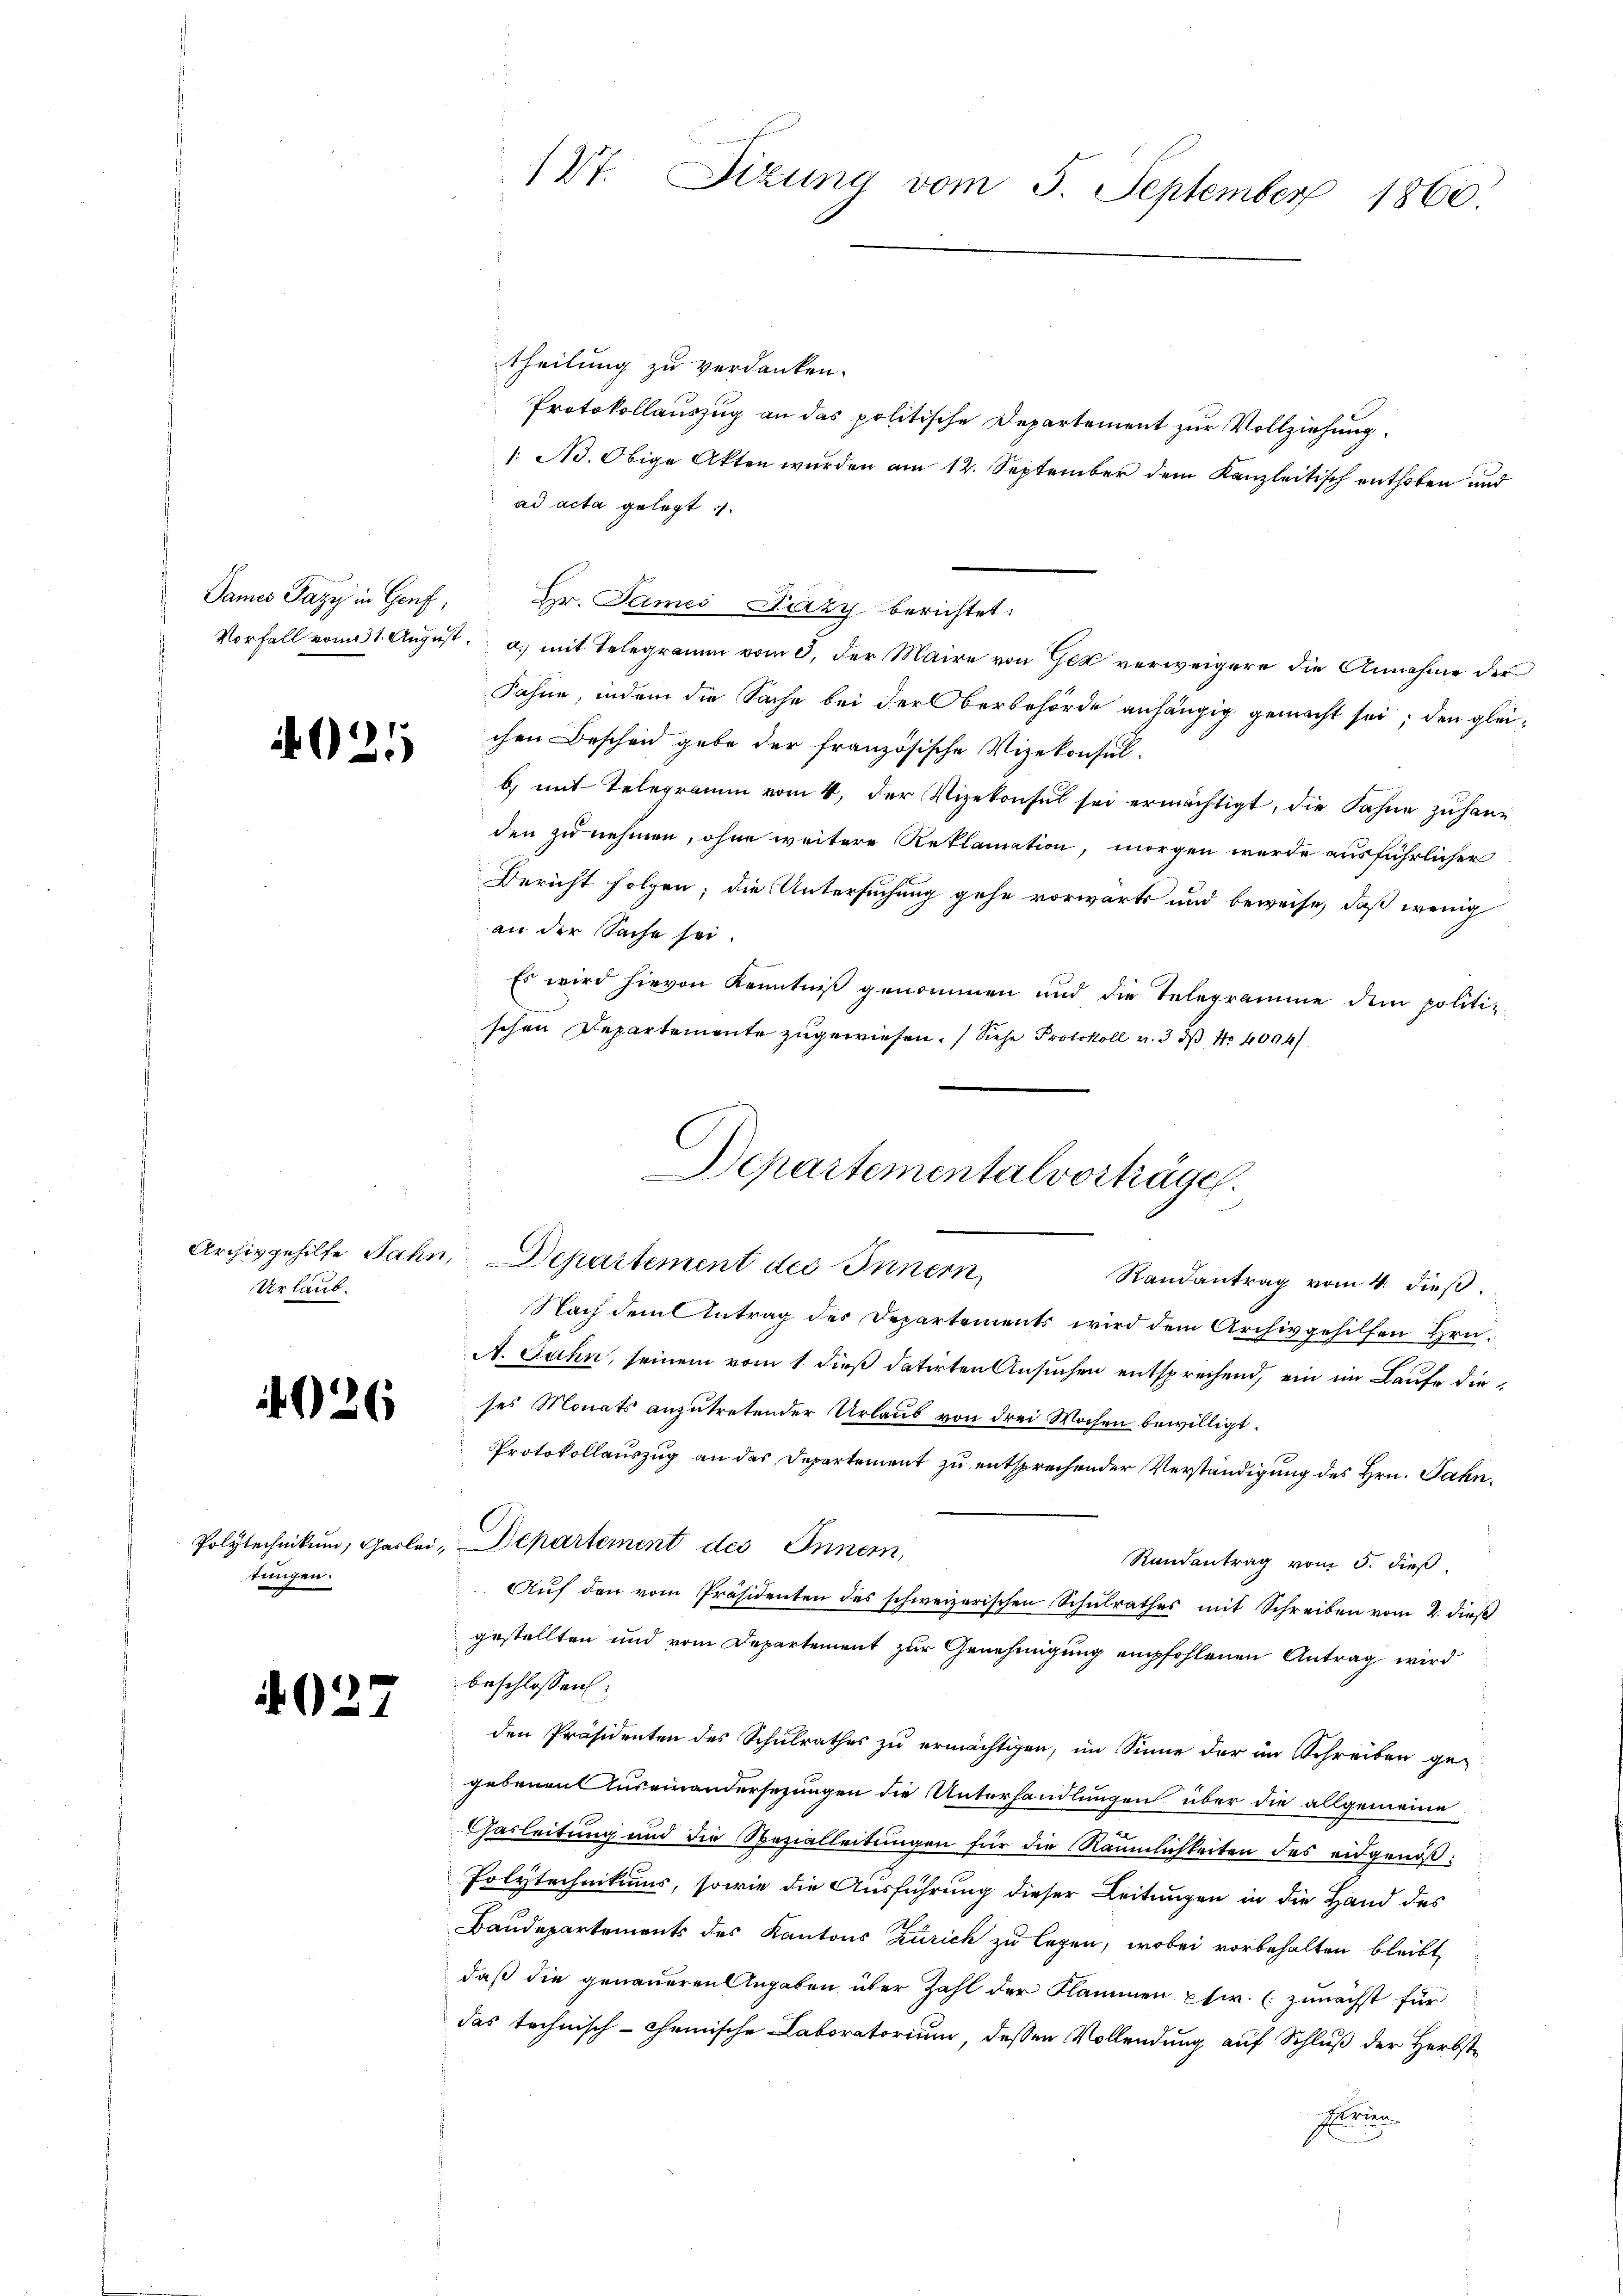
4021

Archivgehilfe Jahr
Urlaub.

0.

4026

Polytechnikum, Gaslei
tungen.

17

127. Sizung vom 5. September 1860.

theilung zu verdanken.
Protokollauszug an das politische Departement zur Vollziehung.
1. Ad. Obige Akten wurden am 12. September dem Kanzleitisch enthoben und
ad acta gelegt
James Pazy in Genf, Hr. James Lazy berichtet:
Vorfall vom 21. August. a. mit Telegramm vom 3. der Maire von Gek verweigere die Annahme der
Fahne, indem die Sache bei der Oberbehörde anhängig gemacht sei; den gleichen Bescheid gebe der französische Vizekonsul-
b) mit Telegramm vom 4. der Vizekonsul sei ermächtigt, die Fahne zu handen zu nehmen, ohne weitere Reklamation, morgen werde ausführlicher
Bericht folgen; die Untersuchung gehe vorwärts und beweise, daß wenig
an der Sache sei.
Es wird hievon Kenntniß genommen und die Telegramme dem politiz.
schen Departemente zugewiesen. (Siehe Protokoll v. 3. ds No 4004/
Randantrag vom 4. dieß.
Nach dem Antrag des Departements wird dem Archivgehilfen Hrn.
A. Jahn, seinem vom 1. dieß datirten Ansuchen entsprechend, ein im Laufe dieses Monats anzutretender Urlaub von drei Wochen bewilligt.
Protokollauszug an das Departement zu entsprechender Verständigung des Hrn. Jahni. Departement des Innern,
Randantrag vom 3. dieß
Auf den vom Präsidenten des schweizerischen Schulrathes mit Schreiben vom 2. dieß
gestellten und vom Departement zur Genehmigung empfohlenen Antrag wird
beschlossen:
den Präsidenten des Schulrathes zu ermächtigen, im Sinne der im Schreiben ge-
gebenen Auseinandersezungen die Unterhandlungen über die allgemeine
Garleitung und die Spezialleitungen für die Räumlichkeiten des eidgenöß¬
Polytechnikums, sowie die Ausführung dieser Leitungen in die Hand des
Baudepartements des Kantons Zürich zu legen, wobei vorbehalten bleibt,
daß die genaueren Angaben über Zahl der Klammen pfw. (: zunächst für
das technisch-chemische Laboratorium, dessen Vollendung auf Schluß der Herbst¬
Errun

Departementalvorträge.
u. Departement des Innern,